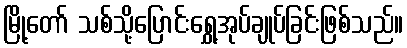
မြို့တော် သစ်သို့ပြောင်းရွှေ့အုပ်ချုပ်ခြင်းဖြစ်သည်။